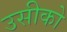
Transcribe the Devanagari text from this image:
उसीको